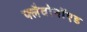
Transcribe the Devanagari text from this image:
फ्लैवोनॉएड